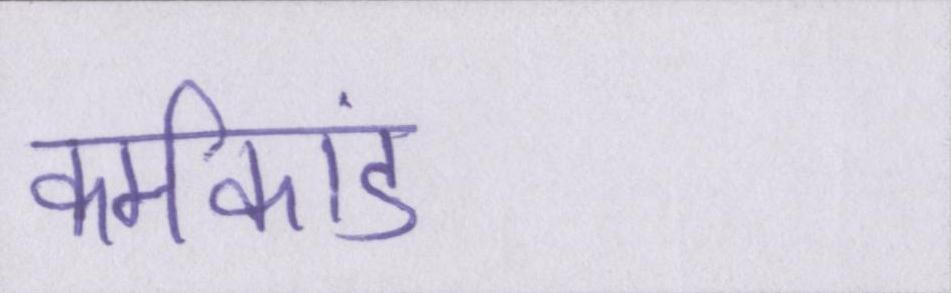
कर्मकांड